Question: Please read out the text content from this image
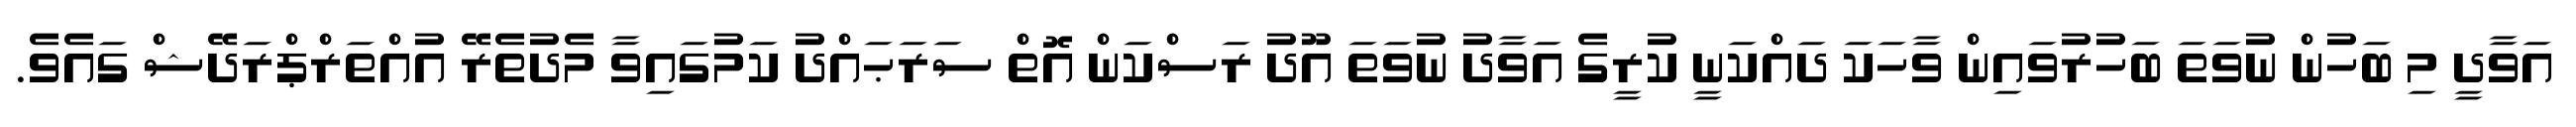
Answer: އަވާދީ މި ބަހުން ނުވަތަ ބަހުރުވައިން ވާހަކަ ދައްކަނީ ކުރީގެ އަވާދު ނުވަތަ އޫދު ރަސްކަން އޮތް ސަރަޙައްދު ކަމުގައިވާ މެދުތެރޭ އުއްތަރްޕްރަދޭޝް ގައެވެ.